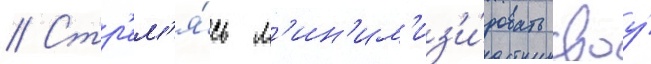
// Стр'ем'я́сь м'ин'им'из'и́ровать своу́